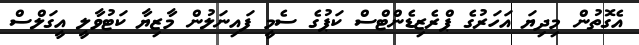
އެގޮތުން މިދިޔަ އަހަރުގެ ޕްރެޒިޑެންޓްސް ކަޕުގެ ސެމީ ފައިނަލުން މާޒިޔާ ކަޓުވާލީ އީގަލްސް